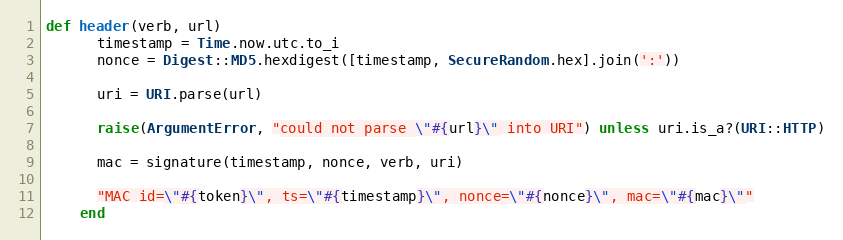
Language: Ruby
def header(verb, url)
      timestamp = Time.now.utc.to_i
      nonce = Digest::MD5.hexdigest([timestamp, SecureRandom.hex].join(':'))

      uri = URI.parse(url)

      raise(ArgumentError, "could not parse \"#{url}\" into URI") unless uri.is_a?(URI::HTTP)

      mac = signature(timestamp, nonce, verb, uri)

      "MAC id=\"#{token}\", ts=\"#{timestamp}\", nonce=\"#{nonce}\", mac=\"#{mac}\""
    end